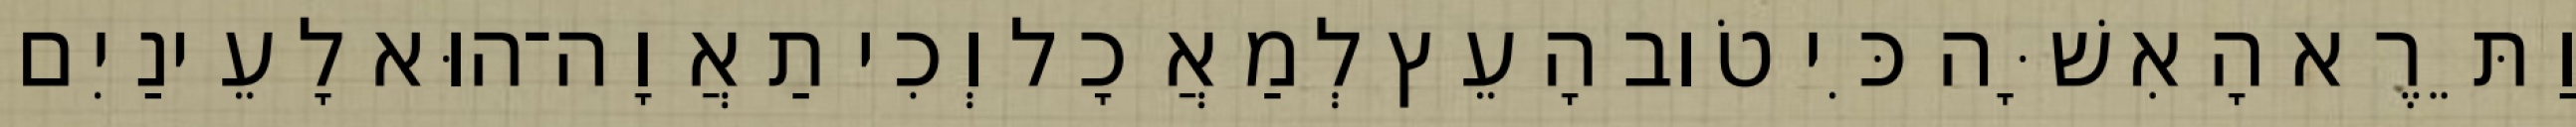
וַתֵּרֶא הָאִשָּׁה כִּי טֹוב הָעֵץ לְמַאֲכָל וְכִי תַאֲוָה־הוּא לָעֵינַיִם